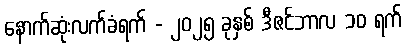
နောက်ဆုံးလက်ခံရက် - ၂၀၂၅ ခုနှစ် ဒီဇင်ဘာလ ၁၀ ရက်